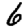
Digit: 6